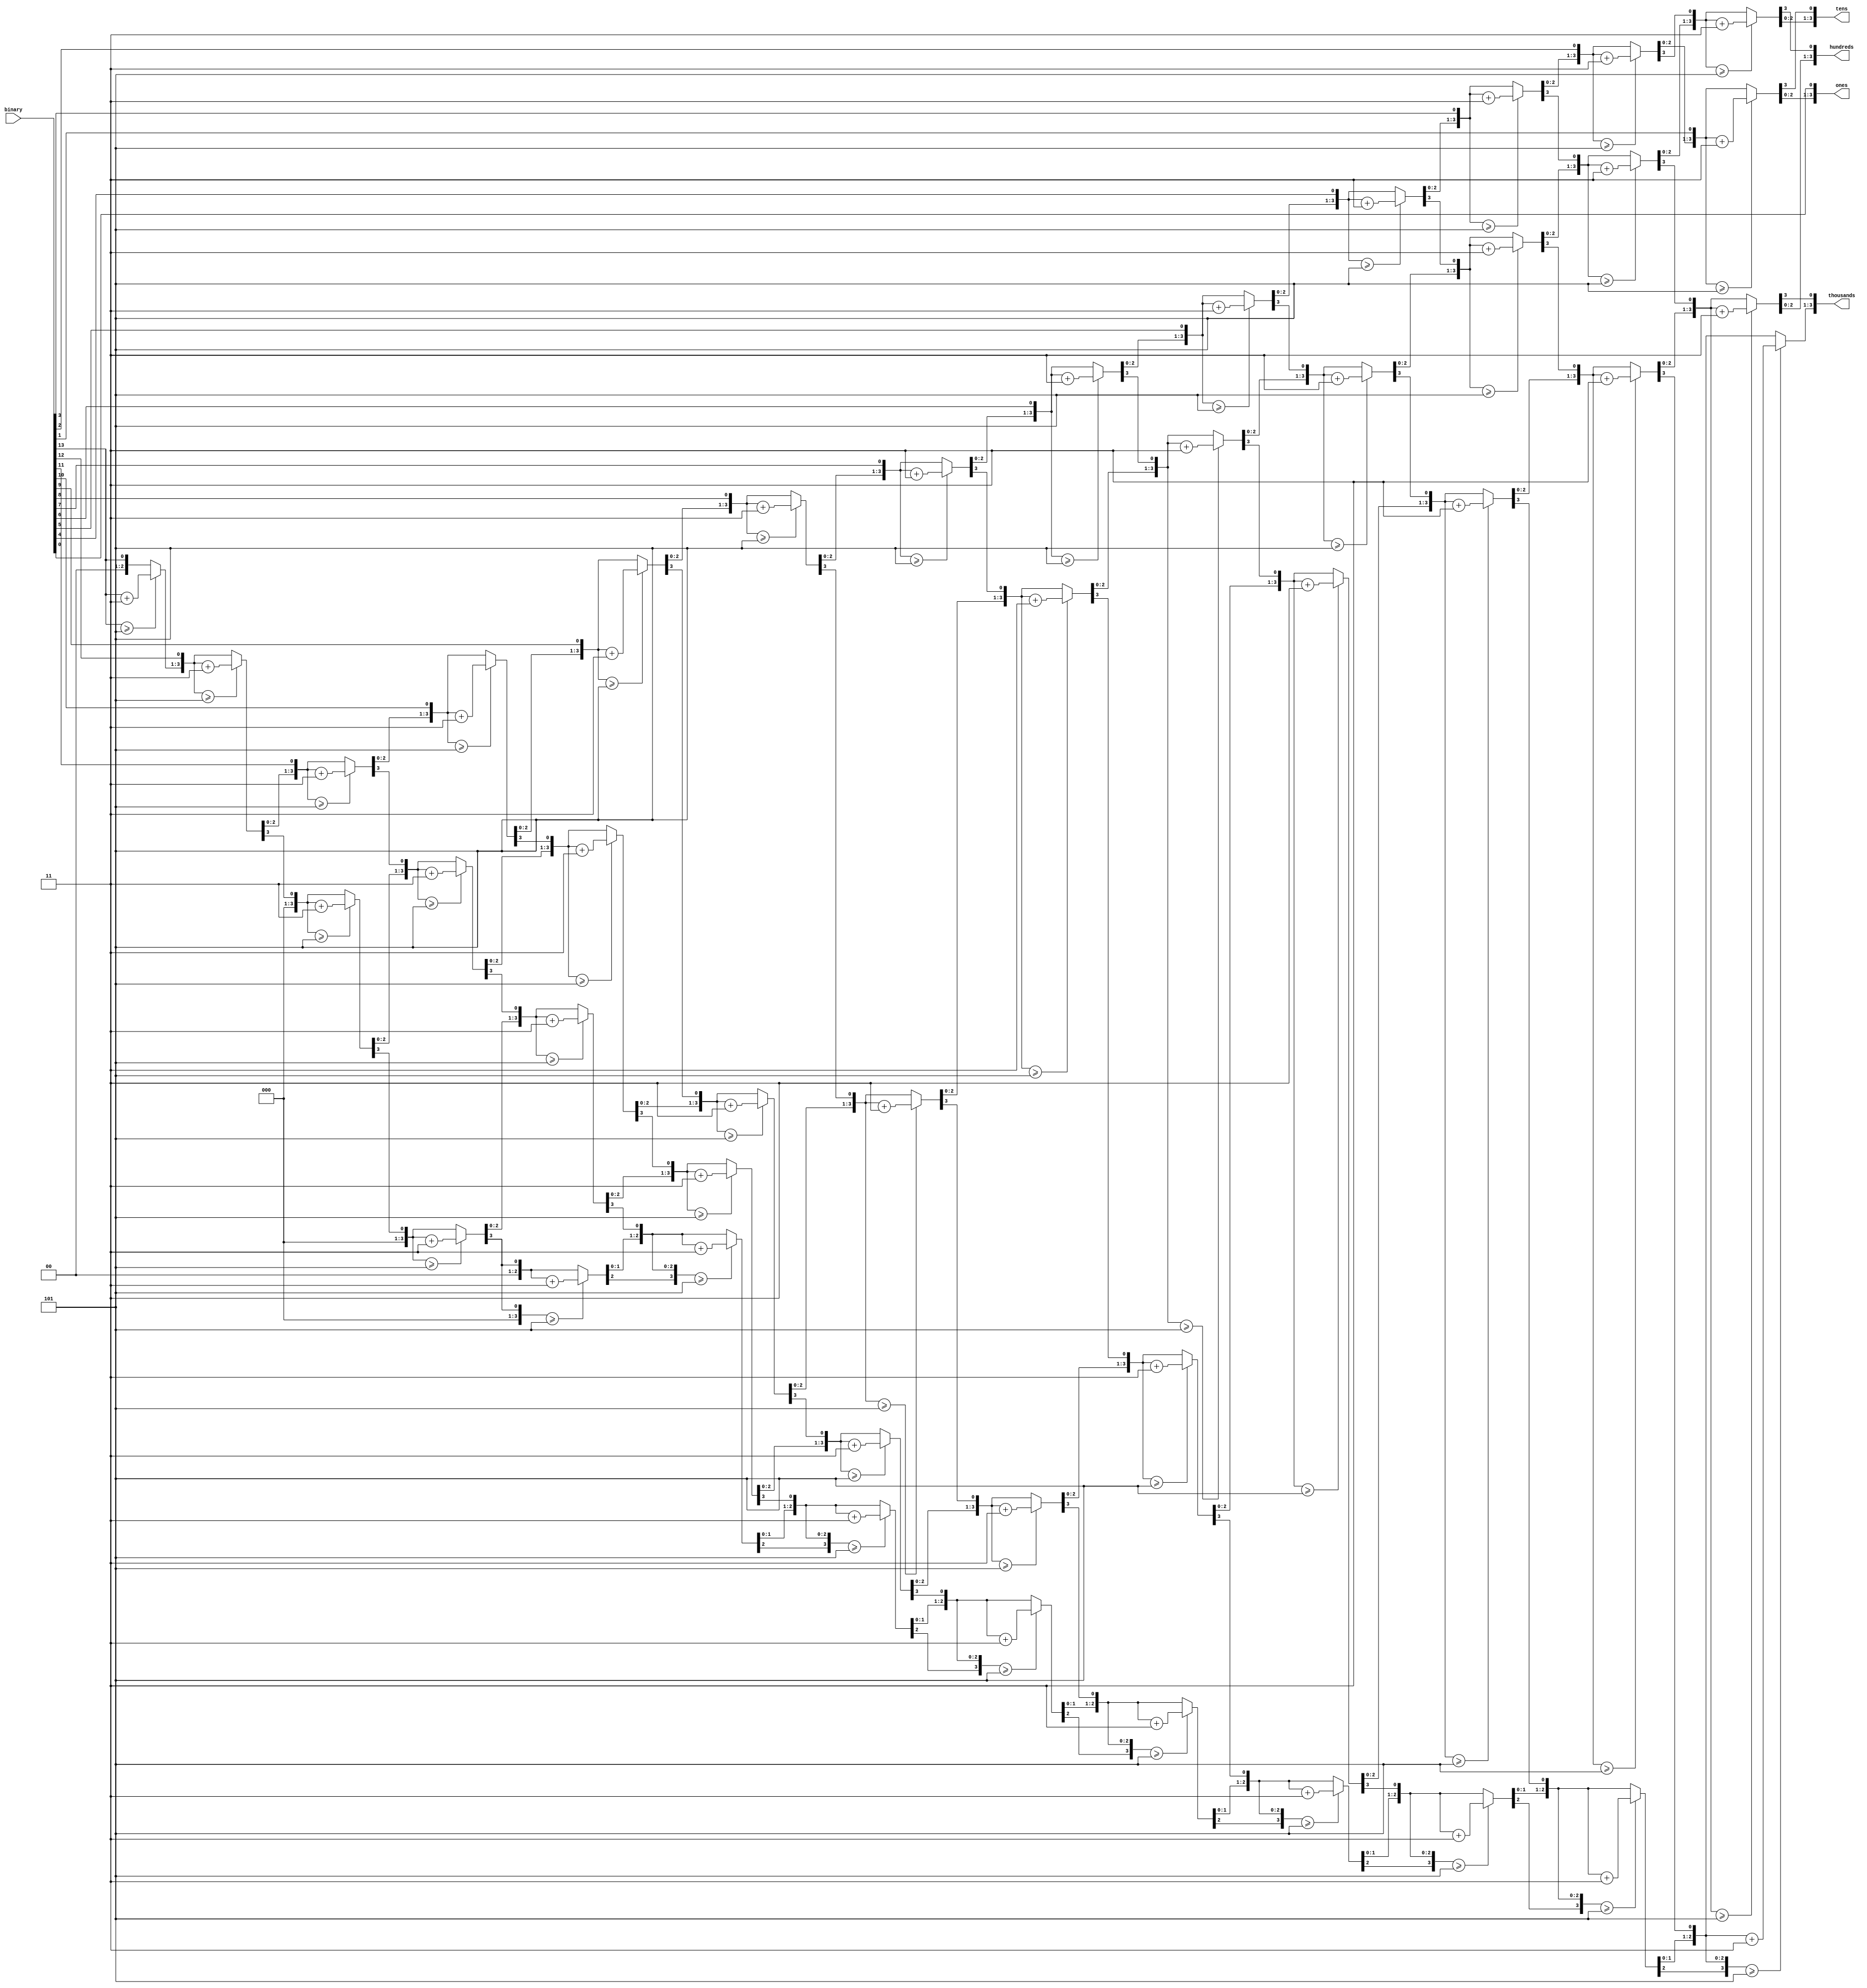
`default_nettype none

module Binary2BCD(
    input wire [13:0] binary,
    output reg [3:0] thousands,
    output reg [3:0] hundreds,
    output reg [3:0] tens,
    output reg [3:0] ones
); 
    reg [29:0]shifter = 0;

    integer i;
    always @(*) begin
        shifter = 0;
        shifter[13:0] = binary;

        for (i = 0; i< 14; i = i + 1) begin
            if (shifter[17:14] >= 5)
                shifter[17:14] = shifter[17:14] + 3;
            if (shifter[21:18] >= 5)
                shifter[21:18] = shifter[21:18] + 3;
            if (shifter[25:22] >= 5)
                shifter[25:22] = shifter[25:22] + 3;
            if (shifter[29:26] >= 5)
                shifter[29:26] = shifter[29:26] + 3;

            shifter = shifter << 1;
        end  

        thousands = shifter[29:26];
        hundreds = shifter[25:22];
        tens = shifter[21:18];
        ones = shifter[17:14];
    end
endmodule